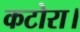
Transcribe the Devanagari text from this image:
कटोरा।